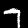
Label: 7